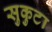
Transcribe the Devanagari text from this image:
सुकुटा